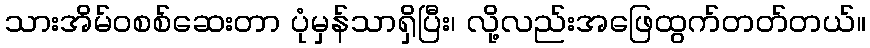
သားအိမ်ဝစစ်ဆေးတာ ပုံမှန်သာရှိပြီး၊ လို့လည်းအဖြေထွက်တတ်တယ်။